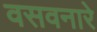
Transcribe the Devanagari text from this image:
वसवनारे